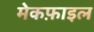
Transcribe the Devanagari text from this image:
मेकफ़ाइल